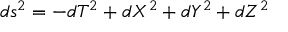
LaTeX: d s ^ { 2 } = - d T ^ { 2 } + d X ^ { 2 } + d Y ^ { 2 } + d Z ^ { 2 }